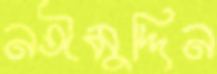
নঈমুদ্দিন